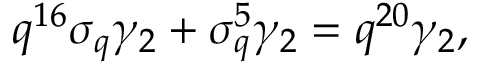
q ^ { 1 6 } \sigma _ { q } \gamma _ { 2 } + \sigma _ { q } ^ { 5 } \gamma _ { 2 } = q ^ { 2 0 } \gamma _ { 2 } ,